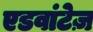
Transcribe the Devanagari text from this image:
एडवांटेज़